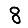
Digit: 8